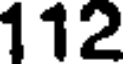
112